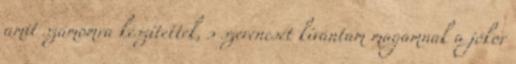
amit számomra készítettek, s szerencsét kívántam magamnak a jókor